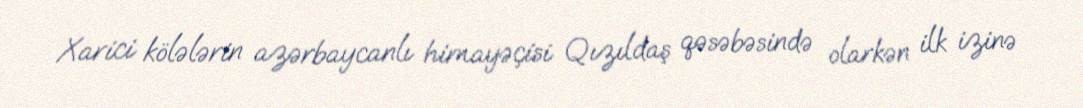
Xarici kölələrin azərbaycanlı himayəçisi Qızıldaş qəsəbəsində olarkən ilk izinə